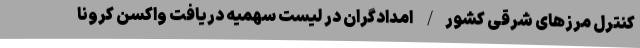
کنترل مرزهای شرقی کشور/ امدادگران در لیست سهمیه دریافت واکسن کرونا